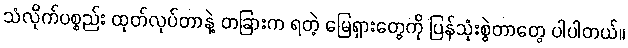
သံလိုက်ပစ္စည်း ထုတ်လုပ်တာနဲ့ တခြားက ရတဲ့ မြေရှားတွေကို ပြန်သုံးစွဲတာတွေ ပါပါတယ်။